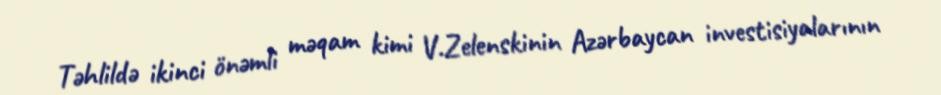
Təhlildə ikinci önəmli məqam kimi V.Zelenskinin Azərbaycan investisiyalarının